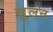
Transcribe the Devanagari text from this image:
खुलन